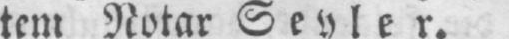
ten Notar SevIer.